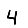
Digit: 4